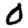
Digit: 0